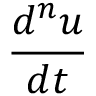
\frac { d ^ { n } u } { d t }